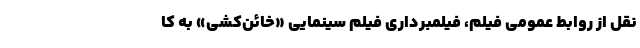
نقل از روابط عمومی فیلم، فیلمبرداری فیلم سینمایی «خائن‌کشی» به کا